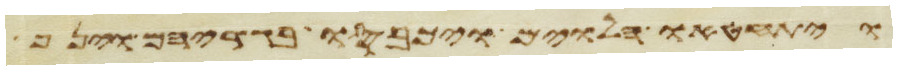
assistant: ויתחטאו הלוים ויכבסו בגדיהם וינף